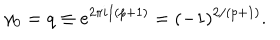
LaTeX: \gamma _ { 0 } = q \equiv e ^ { 2 \pi i / ( p + 1 ) } = ( - 1 ) ^ { 2 / ( p + 1 ) } .